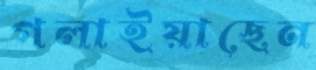
গলাইয়াছেন